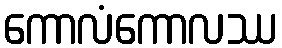
ကောလံကောလဿ